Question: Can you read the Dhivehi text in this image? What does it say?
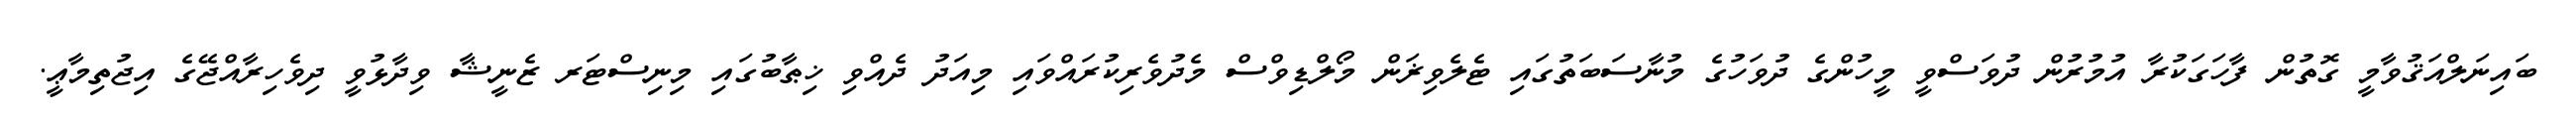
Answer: ބައިނަލްއަޤުވާމީ ގޮތުން ފާހަގަކުރާ އުމުރުން ދުވަސްވީ މީހުންގެ ދުވަހުގެ މުނާސަބަތުގައި ޓެލެވިޜަން މޯލްޑިވްސް މެދުވެރިކުރައްވައި މިއަދު ދެއްވި ޚިޠާބުގައި މިނިސްޓަރ ޒެނީޝާ ވިދާޅުވީ ދިވެހިރާއްޖޭގެ އިޖުތިމާޢީ.